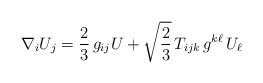
LaTeX: \begin{align*}\nabla_i U_j = \frac{2}{3} \, g_{ij} U + \sqrt{\frac{2}{3}} \, T_{ijk} \, g^{k\ell} \, U_\ell\end{align*}